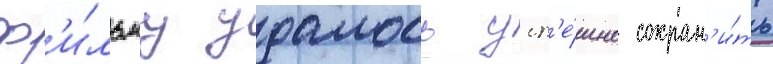
ф'и́льму удалось усп'е́шно сохран'и́ть